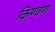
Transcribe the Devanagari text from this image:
किण्वण